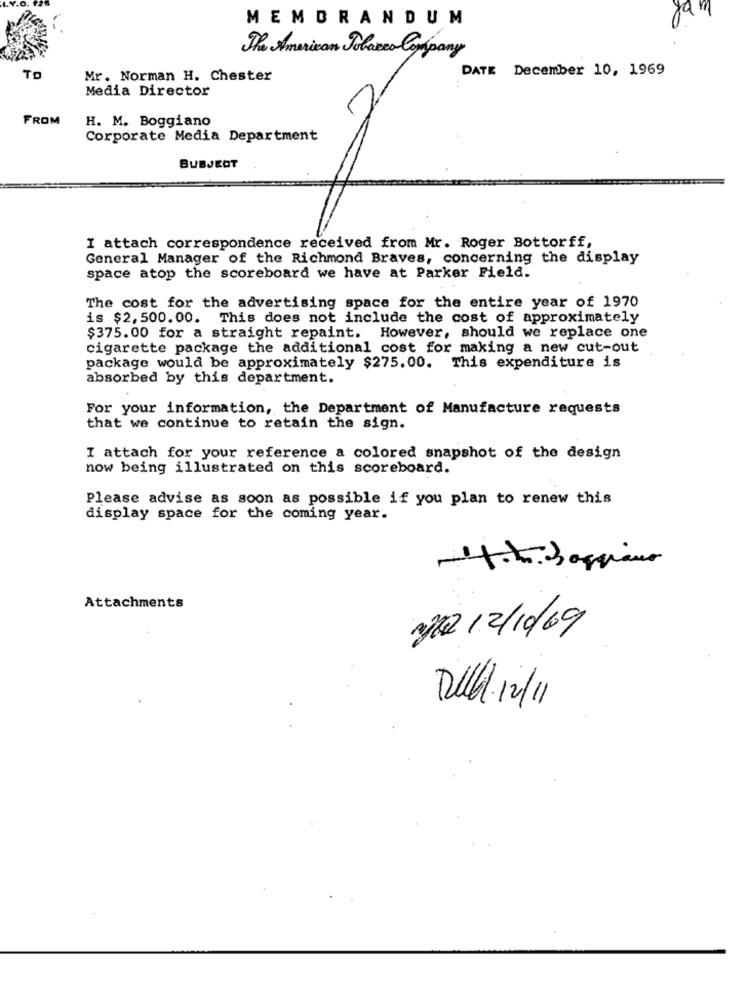
MEMORANDUM
ya
The American Polare Company
DATE December 10, 1969
TO
Mr. Norman H. Chester
Media Director
FROM
H. M. Boggiano
Corporate Media Department
SUBJECT
I attach correspondence received from Mr. Roger Bottorff,
General Manager of the Richmond Braves, concerning the display
space atop the scoreboard we have at Parker Field.
The cost for the advertising space for the entire year of 1970
is $2, 500.00. This does not include the cost of approximately
$375.00 for a straight repaint. However, should we replace one
cigarette package the additional cost for making a new cut-out
package would be approximately $275.00. This expenditure is
absorbed by this department.
For your information, the Department of Manufacture requests
that we continue to retain the sign.
I attach for your reference a colored snapshot of the design
now being illustrated on this scoreboard.
Please advise as soon as possible if you plan to renew this
display space for the coming year.
Attachments
gta 12/10/69
Del 12/11